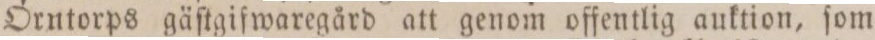
Örntorps gäſtgiſwaregård att genom offentlig auktion, ſom